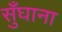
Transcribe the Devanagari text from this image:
सुँघाना